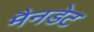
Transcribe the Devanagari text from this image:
मैनडेट